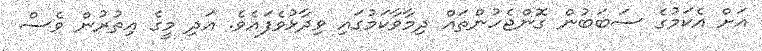
އަށް އެކަމުގެ ސަބަބުން ގޮންޖެހުންތައް ދިމާވާކަމުގައި ވިދާޅުވެފައެވެ. އަދި މީގެ އިތުރުން ވެސް